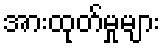
အားထုတ်မှုများ